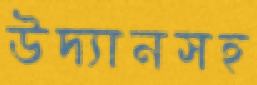
উদ্যানসহ